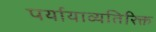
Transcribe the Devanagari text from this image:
पर्यायाव्यतिरिक्त